Vaccination in the Punjab 1867-1880 - 1867-1880
Year: 1867
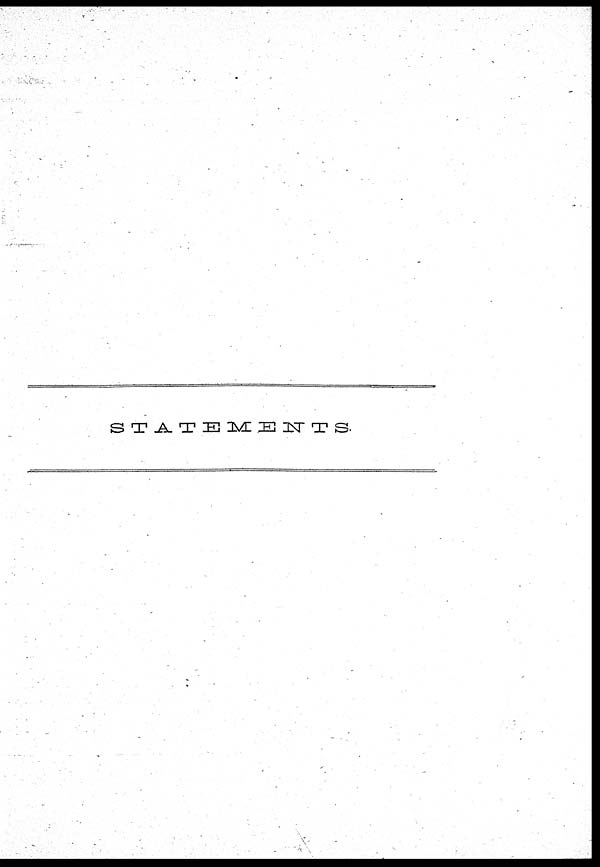
STATEMENTS